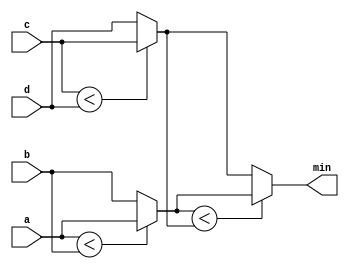
module top_module (
    input [7:0] a, b, c, d,
    output [7:0] min);//

    // assign intermediate_result1 = compare? true: false;
    wire [7:0] ab,cd;
    assign ab = (a<b) ? a:b;
    assign cd = (c<d) ? c:d;
    assign min = (ab<cd) ? ab:cd;

endmodule